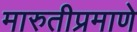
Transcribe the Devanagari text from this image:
मारुतीप्रमाणे